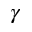
\gamma